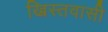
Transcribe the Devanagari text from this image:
ख्रिस्तवासी